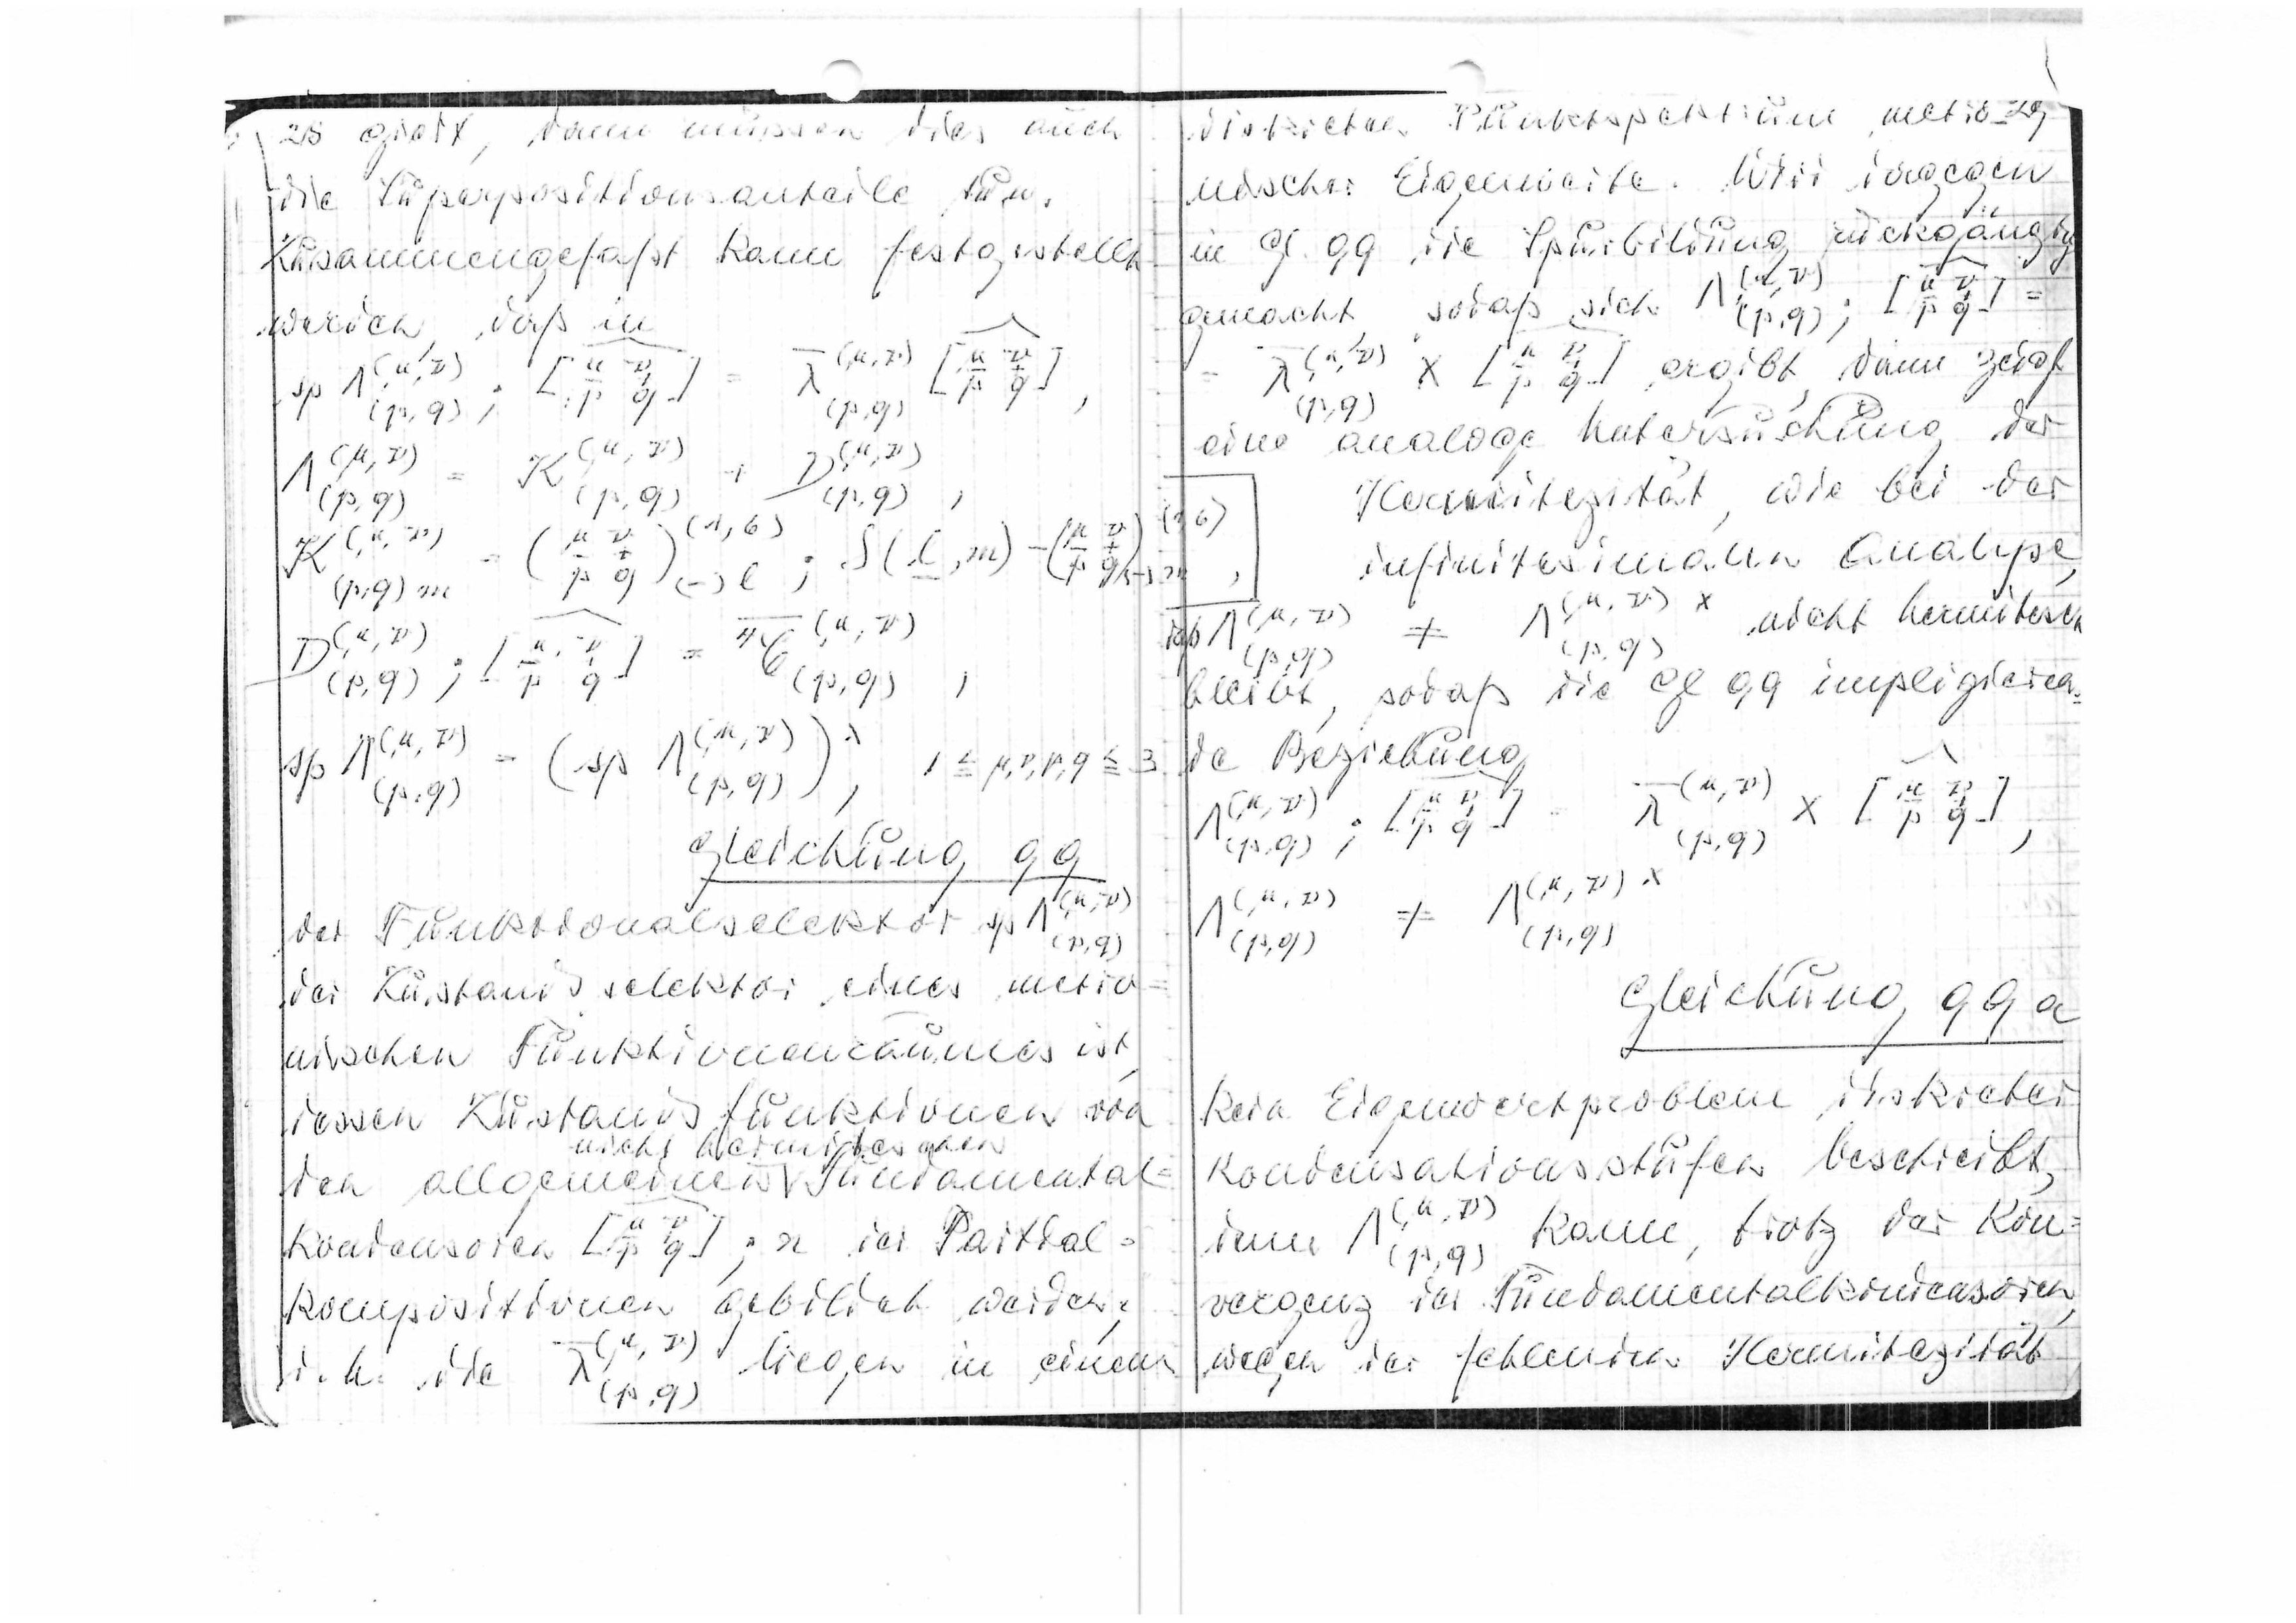
28 giert, denn müssen dies auch
die Superpositionsanteile tun.
Zusammengeafsst kann festgestellt
daß in
werden,
Gleichung
99
Fundamentalselektor
der Zustandsselektor eines metro
nischen Funktionenraumes ist
dessen Zustandsfunktionen von
nicht hermitischen
den allgemeinen V Fundamental?
kondensoren
der Partial=
kompositionen gebildet werden,
sich die
liegen in einem

diskreten Punktspektrum metro 29
nischer Eigenwerte. Wird dagegen
in Gl. 99 die Spurbildung rückgängig
gemacht, sodaß sich
ergibt, dann zeigt
eine analoge Untersuchung der
Hermitizität, wie bei der
infinitesimalen Analyse,
nicht hermitisch
bleibt, sodaß die Gl. 99 implizieren
die Beziehung
Gleichung 99a
kein Eigenwertproblem diskreter
Kondensationsstufen beschreibt,
denn
kann, trotz der Kon=
vergenz der Fundamentalkondensoren,
wegen der fehlenden Hermitizität